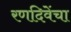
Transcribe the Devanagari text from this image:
रणदिवेंचा